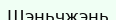
Шэньчжэнь